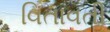
વિતાવતી